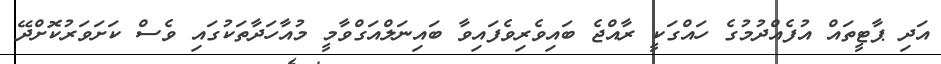
އަދި ޕާޓީތައް އުފެއްދުމުގެ ހައްގަކީ ރާއްޖެ ބައިވެރިވެފައިވާ ބައިނަލްއަގްވާމީ މުއާހަދާތަކުގައި ވެސް ކަށަވަރުކޮށްދޭ